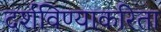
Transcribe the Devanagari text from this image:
दर्शविण्याकरिता